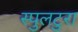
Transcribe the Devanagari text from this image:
स्पुलटुरा